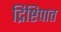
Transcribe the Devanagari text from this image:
द्रिष्टिपात